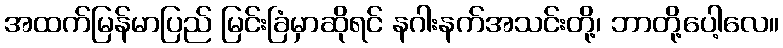
အထက်မြန်မာပြည် မြင်းခြံမှာဆိုရင် နဂါးနက်အသင်းတို့၊ ဘာတို့ပေါ့လေ။